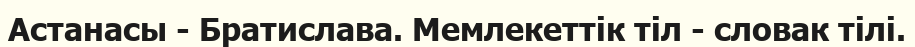
Астанасы - Братислава. Мемлекеттік тіл - словак тілі.